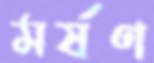
মর্ষণ